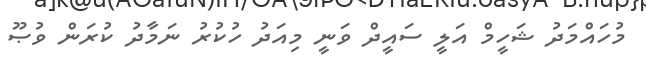
މުހައްމަދު ޝަހީމް އަލީ ސައީދް ވަނީ މިއަދު ހުކުރު ނަމާދު ކުރަން ވުޞޫ